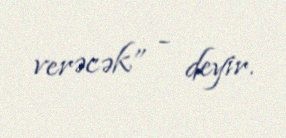
verəcək” - deyir.